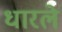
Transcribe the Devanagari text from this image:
धारले